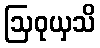
ဩဝုယှသိ